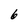
Character: 6